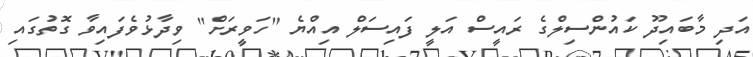
އަދި މާބައިދޫ ކައުންސިލްގެ ރައީސް އަލީ ފައިސަލް އިއްޔެ "ހަވީރަށް" ވިދާޅުވެފައިވާ ގޮތުގައި